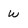
Character: w